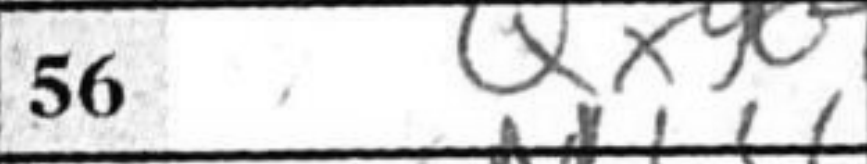
Transcription: Qxg6